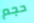
حجم